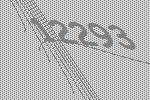
12293